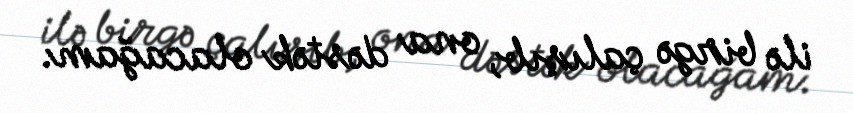
ilə birgə çalışıb, ona dəstək olacağam.